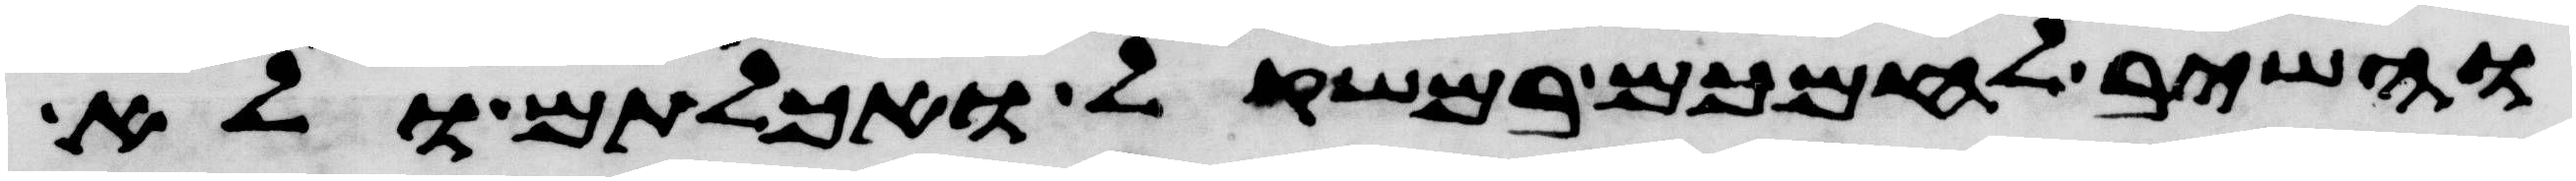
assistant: והשיב לחמכם במשקול ואכלתם ולא